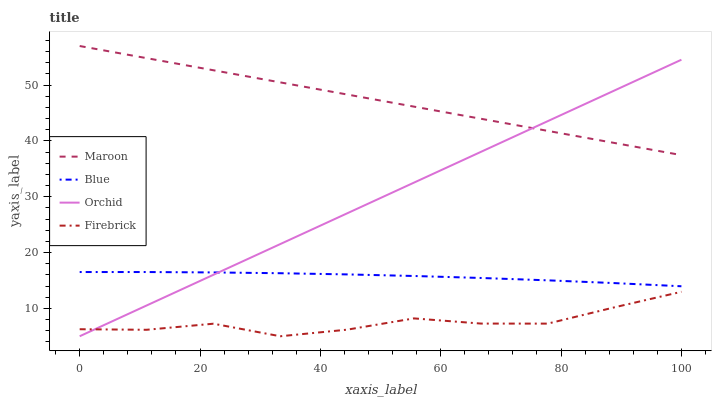
| xaxis_label | Maroon | Blue | Orchid | Firebrick |
 | --- | --- | --- | --- | --- |
 | 0 | 57 | 16.5 | 5 | 6.26 |
 | 11.1 | 54.8 | 16.5 | 10.5 | 6.16 |
 | 22.2 | 52.7 | 16.4 | 16 | 7.25 |
 | 33.3 | 50.5 | 16.3 | 21.5 | 5 |
 | 44.4 | 48.3 | 16.1 | 27 | 6.18 |
 | 55.6 | 46.1 | 15.8 | 32.5 | 8.2 |
 | 66.7 | 44 | 15.4 | 38 | 7.27 |
 | 77.8 | 41.8 | 15 | 43.5 | 7.26 |
 | 88.9 | 39.6 | 14.5 | 49 | 10.2 |
 | 100 | 37.5 | 14 | 54.5 | 13 |